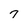
Character: 7